Maemoisa_(Sinalepa)_vallavalitsus, lk 46
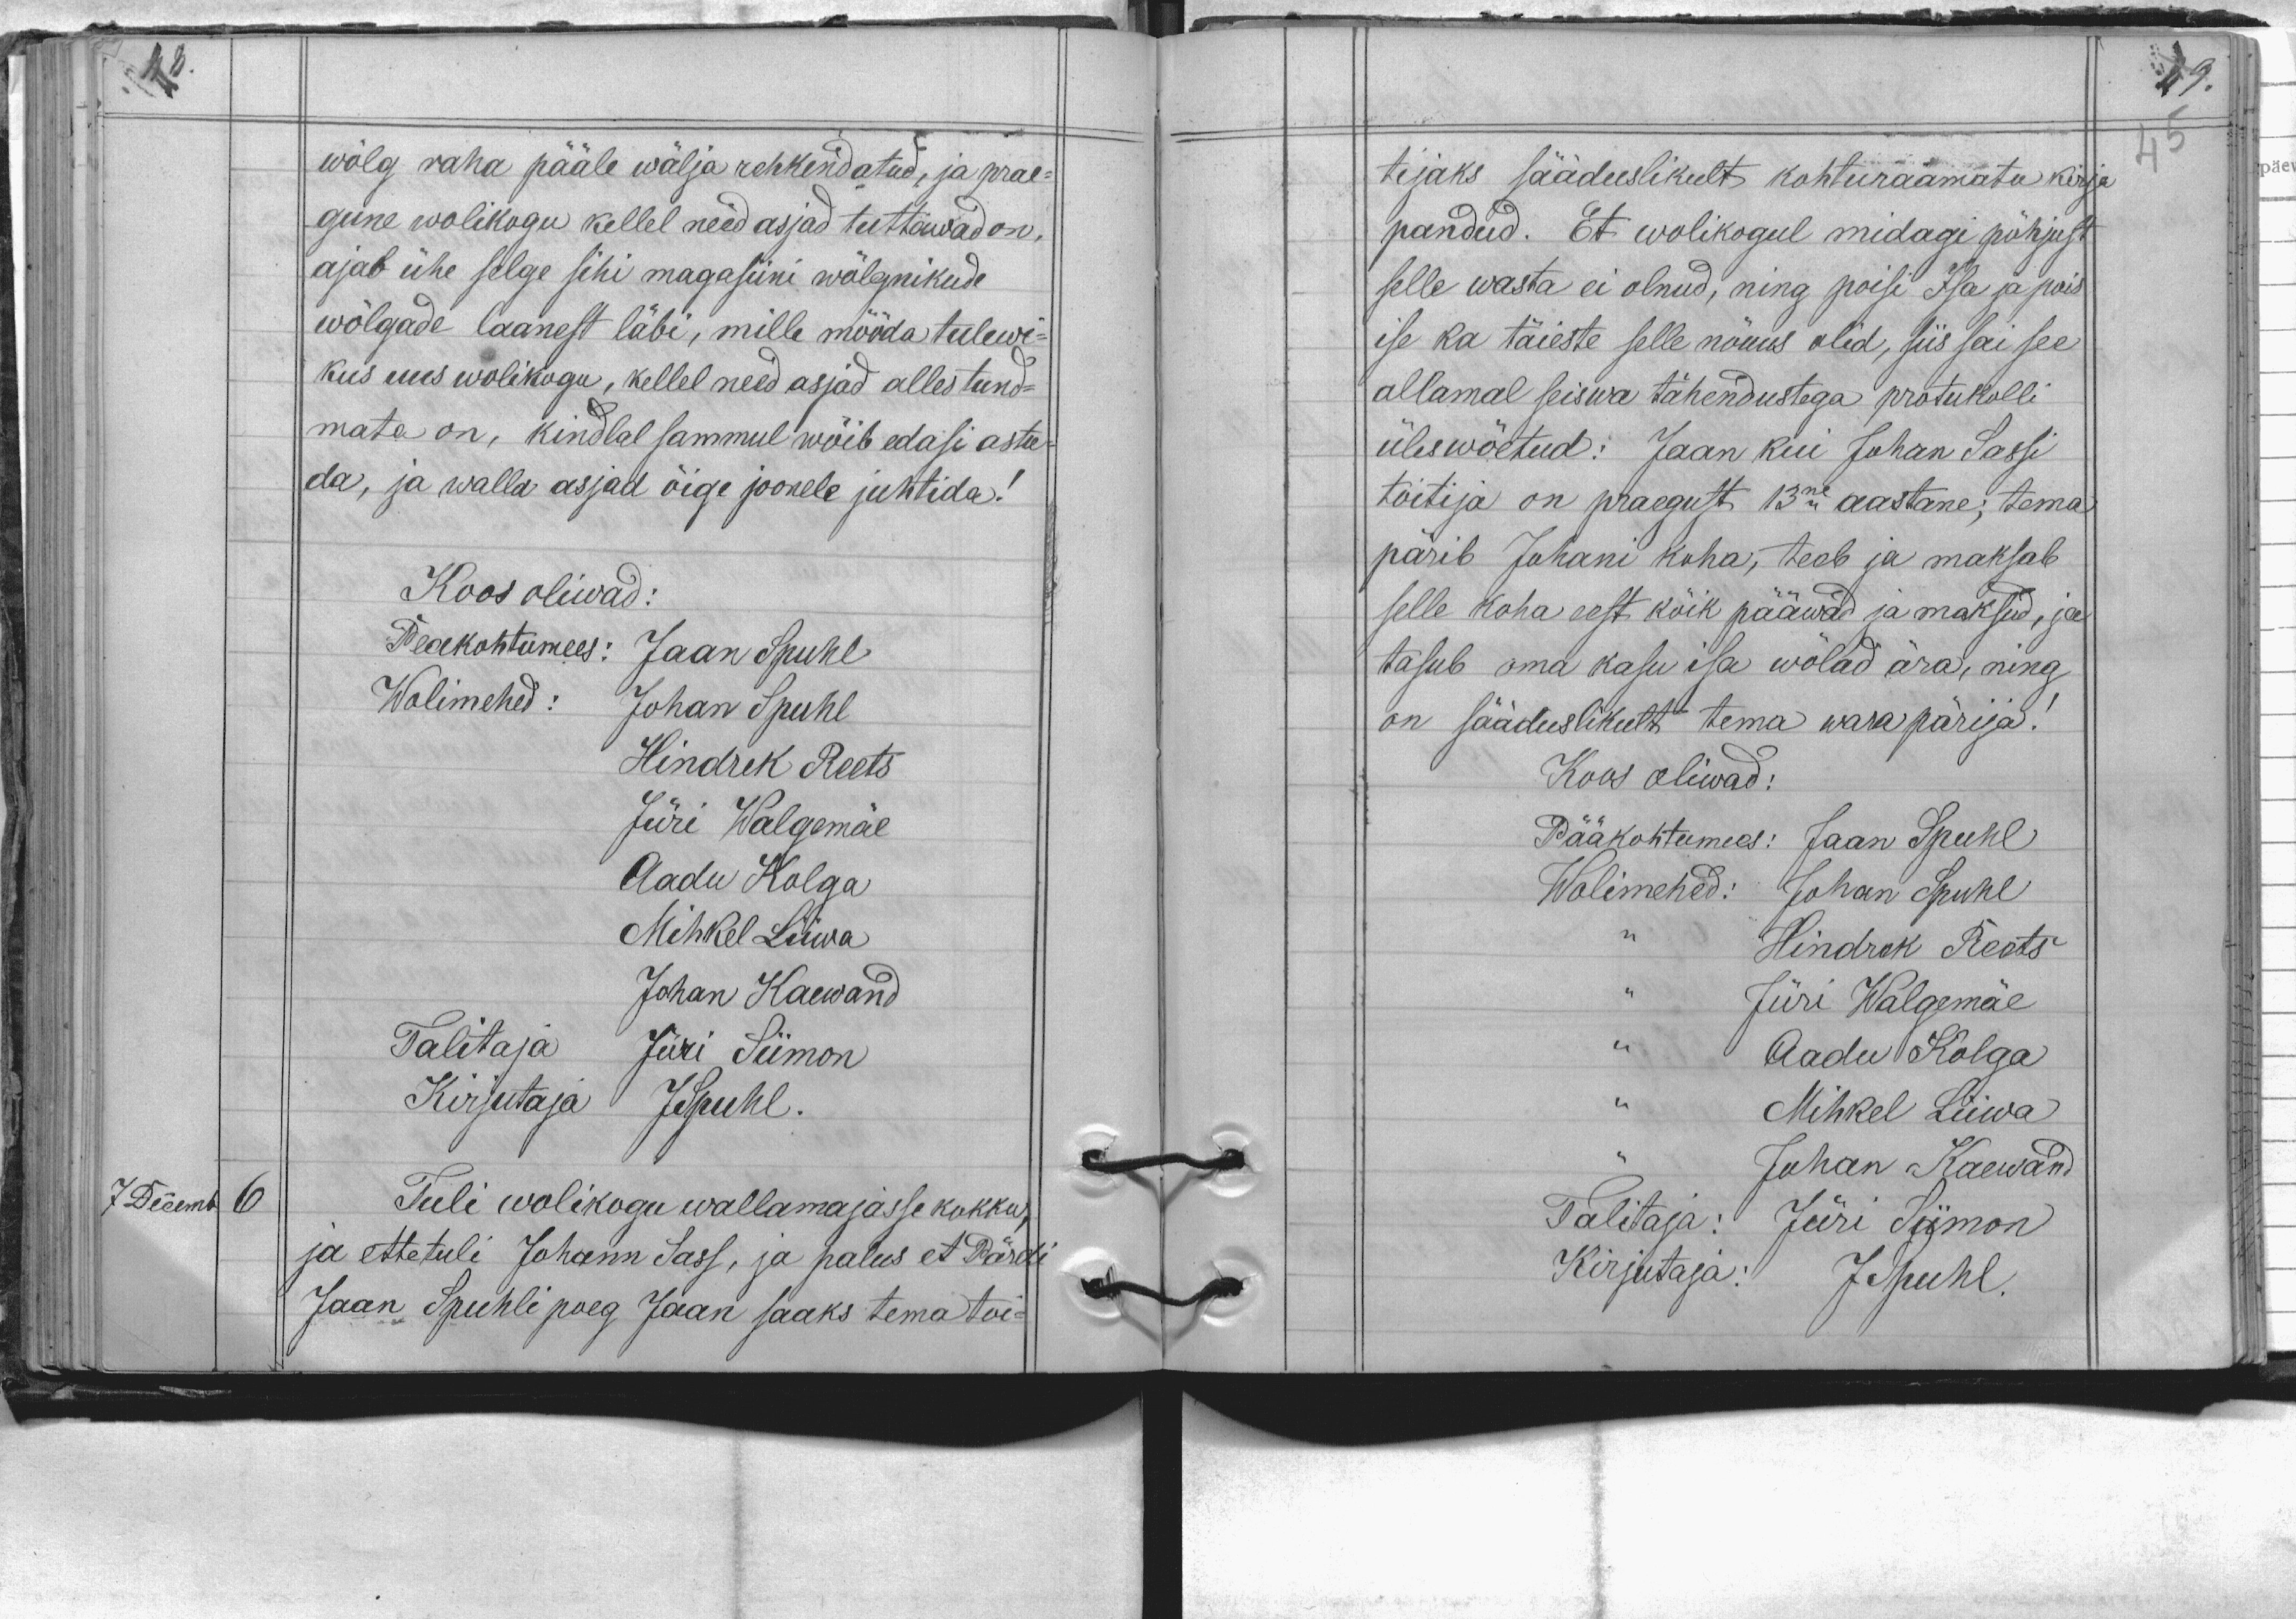
wõlg raha pääle wälja rehkendatud, ja prae-
gune wolikogu kellel need asjad tuttawad on,
ajab ühe selge sihi magasiini wõlgnikude
wõlgade laanest läbi, mille mööda tulewi-
kus uus wolikogu, kellel need asjad alles tund-
mata on, kindlal sammul wõib edasi astu-
da, ja walla asjad õige joonele juhtida!
Koos oliwad:
Peakohtumees: Jaan Spuhl
Wolimehed: Johan Spuhl
Hindrik Reets
Jüri Walgemäe
Aadu Kolga
Mihkel Liiwa
Talitaja Jüri Siimon
Johan Kaewand
Kirjutaja JSpuhl.
7 Decembr 6
Tuli wolikogu wallamajasse kokku
ja ette tuli Johann Sass, ja palus et Pärdi
Jaan Spuhli poeg Jaan saaks tema toi-

tijaks sääduslikult kohturaamatu kirja
pandud. Et wolikogul midagi põhjust
selle wasta ei olnud, ning poisi Isa ja pois
ise ka täieste selle nõuus olid, siis sai see
allamal seiswa tähendustega protukolli
üleswõetud: Jaan kui Juhan Sassi
toitija on praegust 13ne aastane; tema
pärib Juhani koha, teeb ja maksab
selle koha eest kõik pääwad ja maksud, ja
tasub oma kasu isa wõlad ära, ning
on sääduslikult tema warapärija!
Koos oliwad:
Pääkohtumees: Jaan Spuhl
Wolimehed: Johan Spuhl
Hindrek Reets
" Jüri Walgemäe
" Aadu Kolga
" Mihkel Liiwa
Juhan Kaewand
Talitaja: Jüri Siimon
Kirjutaja: J Spuhl